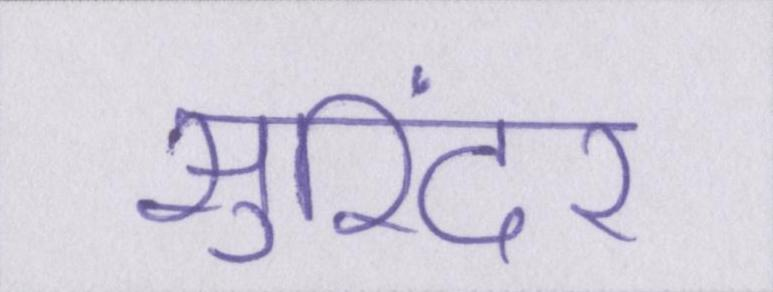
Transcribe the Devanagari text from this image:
सुरिंदर